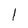
Character: l